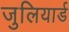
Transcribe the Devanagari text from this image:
जुलियार्ड